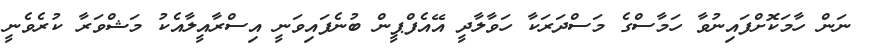
ނަން ހާމަކޮށްފައިނުވާ ހަމާސްގެ މަސްދަރަކާ ހަވާލާދީ އޭއެފްޕީން ބުނެފައިވަނީ އިސްރާއީލާއެކު މަޝްވަރާ ކުރެވެނީ